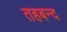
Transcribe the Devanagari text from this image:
तहबन्द